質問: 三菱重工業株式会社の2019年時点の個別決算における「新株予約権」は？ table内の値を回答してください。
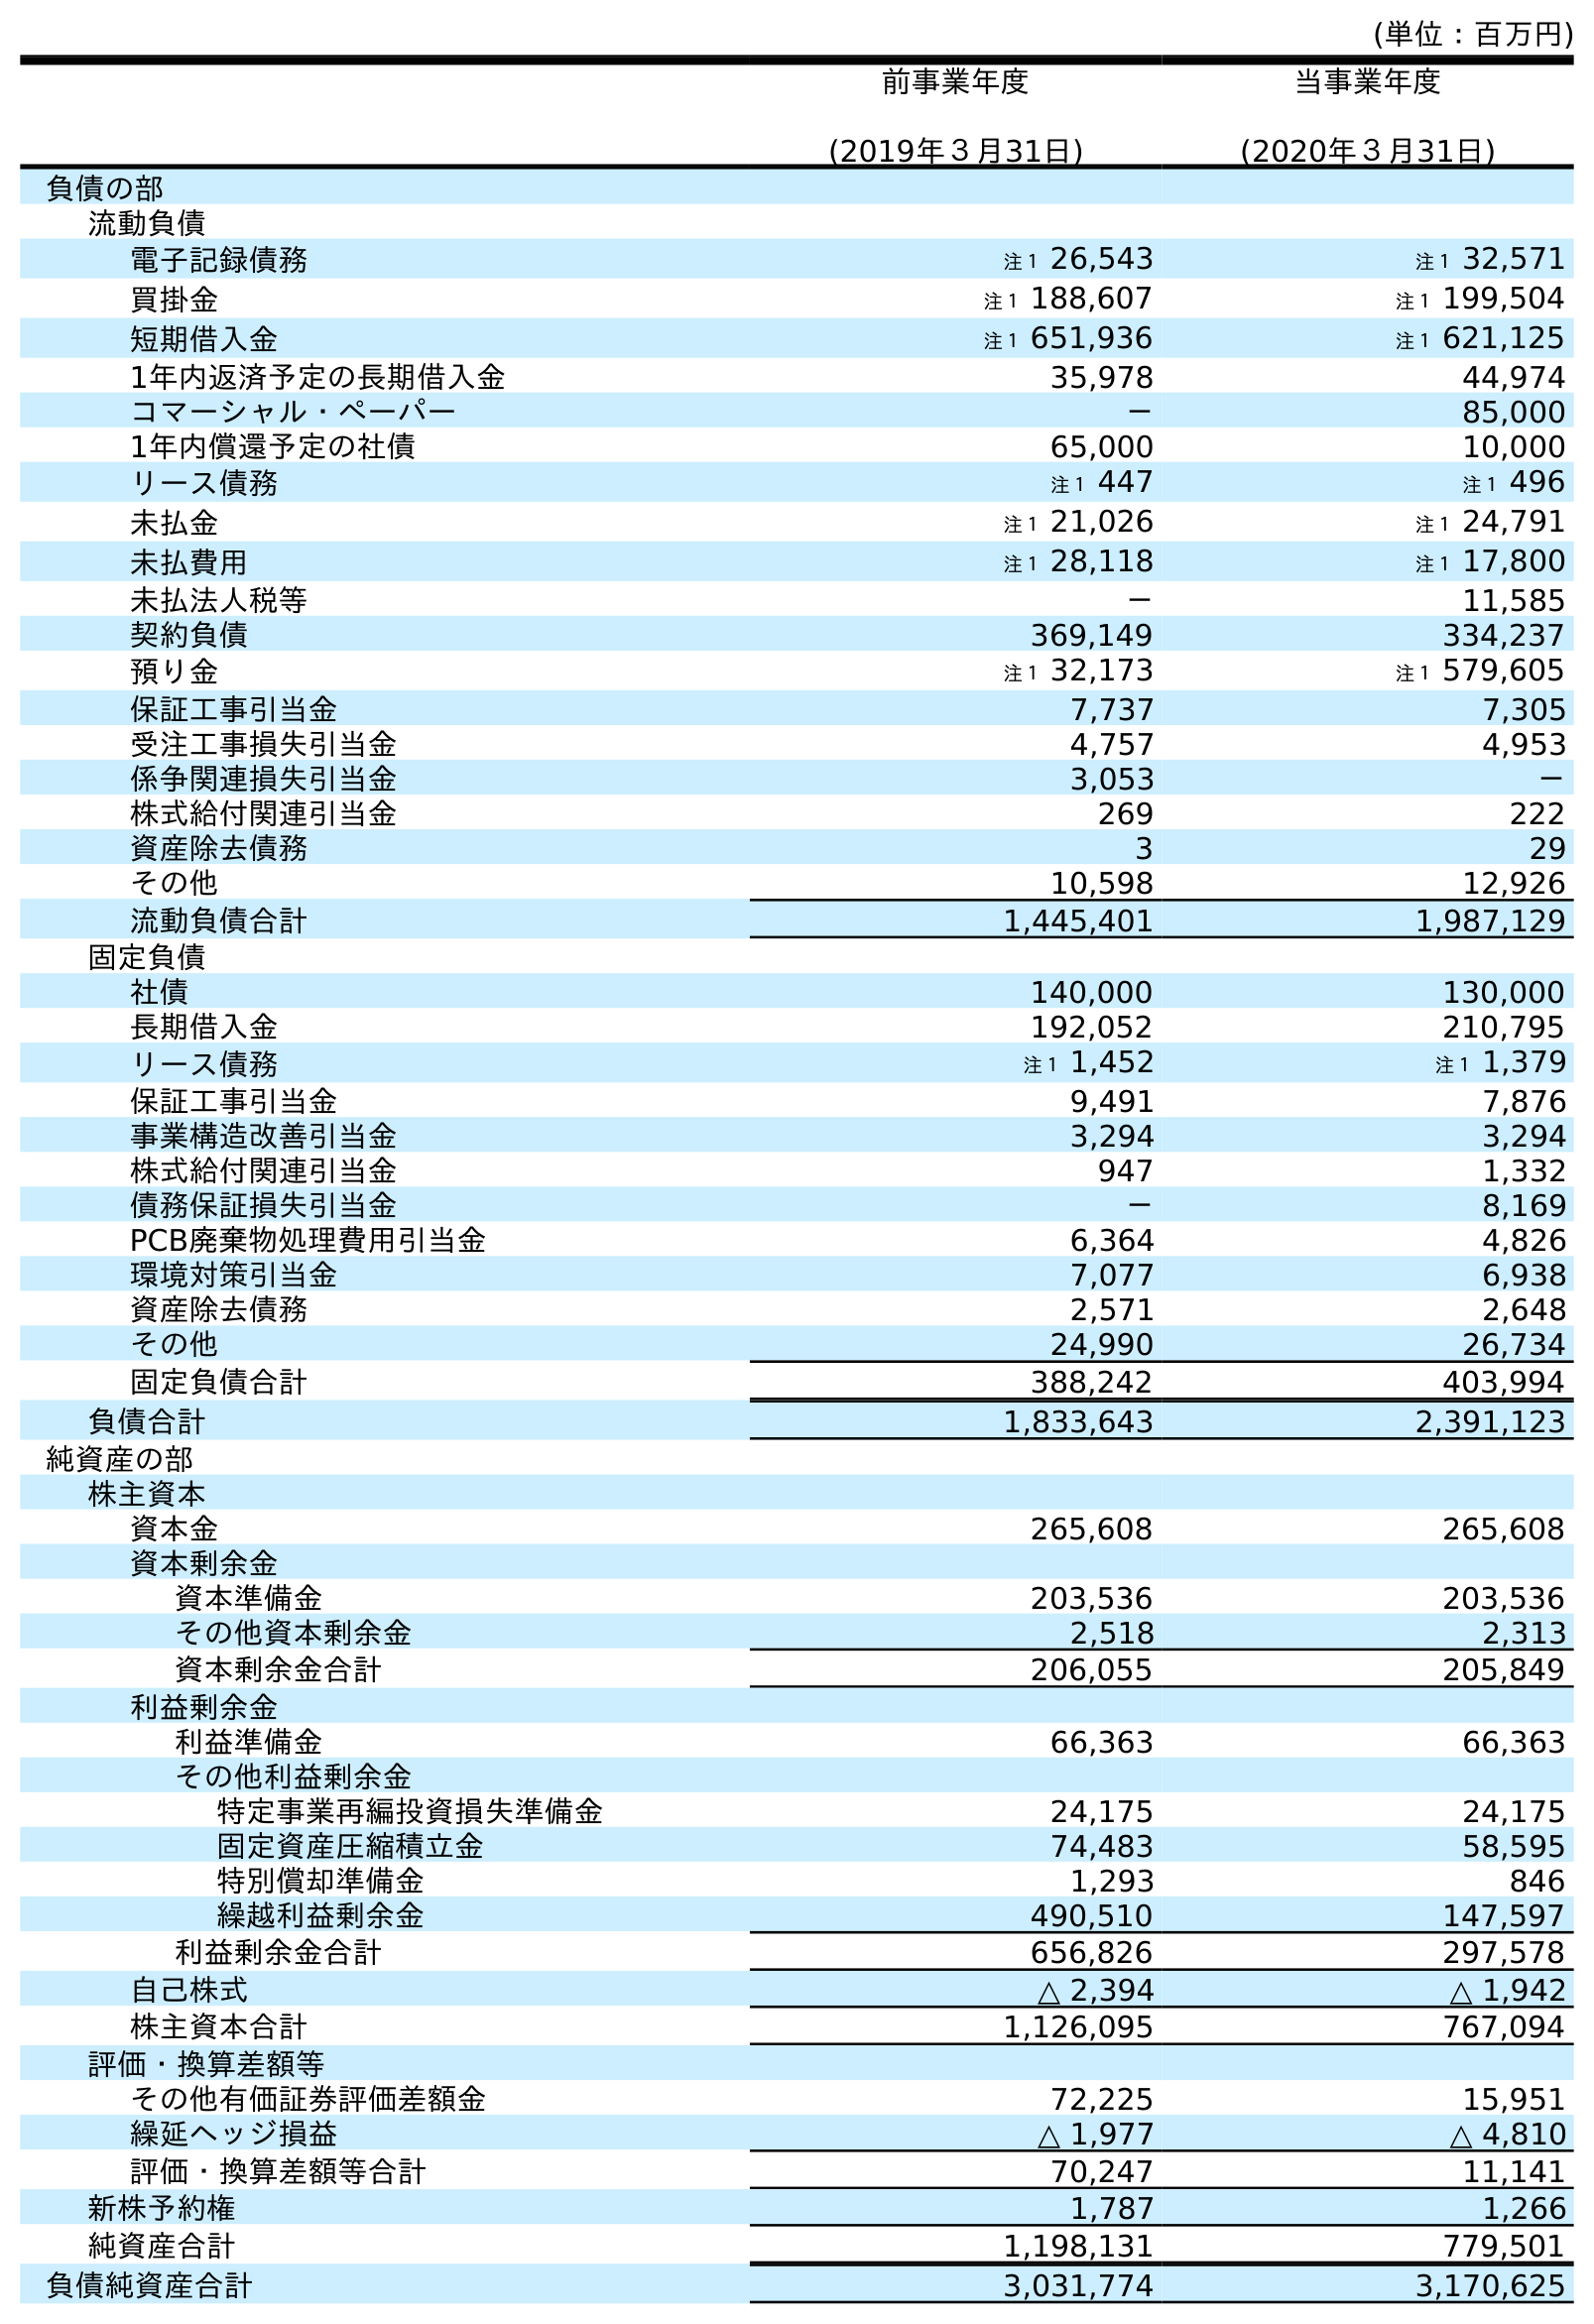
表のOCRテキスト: (単位：百万円) 前事業年度 (2019年３月31日) 当事業年度 (2020年３月31日) 負債の部 流動負債 電子記録債務 注１ 26,543 注１ 32,571 買掛金 注１ 188,607 注１ 199,504 短期借入金 注１ 651,936 注１ 621,125 1年内返済予定の長期借入金 35,978 44,974 コマーシャル・ペーパー － 85,000 1年内償還予定の社債 65,000 10,000 リース債務 注１ 447 注１ 496 未払金 注１ 21,026 注１ 24,791 未払費用 注１ 28,118 注１ 17,800 未払法人税等 － 11,585 契約負債 369,149 334,237 預り金 注１ 32,173 注１ 579,605 保証工事引当金 7,737 7,305 受注工事損失引当金 4,757 4,953 係争関連損失引当金 3,053 － 株式給付関連引当金 269 222 資産除去債務 3 29 その他 10,598 12,926 流動負債合計 1,445,401 1,987,129 固定負債 社債 140,000 130,000 長期借入金 192,052 210,795 リース債務 注１ 1,452 注１ 1,379 保証工事引当金 9,491 7,876 事業構造改善引当金 3,294 3,294 株式給付関連引当金 947 1,332 債務保証損失引当金 － 8,169 PCB廃棄物処理費用引当金 6,364 4,826 環境対策引当金 7,077 6,938 資産除去債務 2,571 2,648 その他 24,990 26,734 固定負債合計 388,242 403,994 負債合計 1,833,643 2,391,123 純資産の部 株主資本 資本金 265,608 265,608 資本剰余金 資本準備金 203,536 203,536 その他資本剰余金 2,518 2,313 資本剰余金合計 206,055 205,849 利益剰余金 利益準備金 66,363 66,363 その他利益剰余金 特定事業再編投資損失準備金 24,175 24,175 固定資産圧縮積立金 74,483 58,595 特別償却準備金 1,293 846 繰越利益剰余金 490,510 147,597 利益剰余金合計 656,826 297,578 自己株式 △ 2,394 △ 1,942 株主資本合計 1,126,095 767,094 評価・換算差額等 その他有価証券評価差額金 72,225 15,951 繰延ヘッジ損益 △ 1,977 △ 4,810 評価・換算差額等合計 70,247 11,141 新株予約権 1,787 1,266 純資産合計 1,198,131 779,501 負債純資産合計 3,031,774 3,170,625
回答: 1,787